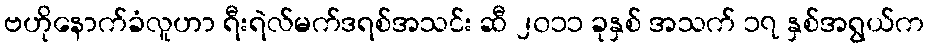
ဗဟိုနောက်ခံလူဟာ ရီးရဲလ်မက်ဒရစ်အသင်း ဆီ ၂၀၁၁ ခုနှစ် အသက် ၁၇ နှစ်အရွယ်က